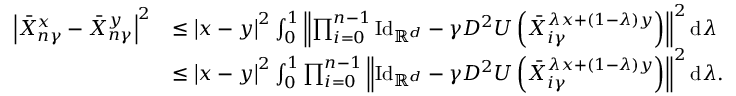
\begin{array} { r l } { \left| \bar { X } _ { n \gamma } ^ { x } - \bar { X } _ { n \gamma } ^ { y } \right| ^ { 2 } } & { \le \left| x - y \right| ^ { 2 } \int _ { 0 } ^ { 1 } \left\| \prod _ { i = 0 } ^ { n - 1 } \mathrm { I d } _ { \mathbb { R } ^ { d } } - \gamma D ^ { 2 } U \left( \bar { X } _ { i \gamma } ^ { \lambda x + ( 1 - \lambda ) y } \right) \right\| ^ { 2 } \mathrm { d } \lambda } \\ & { \le \left| x - y \right| ^ { 2 } \int _ { 0 } ^ { 1 } \prod _ { i = 0 } ^ { n - 1 } \left\| \mathrm { I d } _ { \mathbb { R } ^ { d } } - \gamma D ^ { 2 } U \left( \bar { X } _ { i \gamma } ^ { \lambda x + ( 1 - \lambda ) y } \right) \right\| ^ { 2 } \mathrm { d } \lambda . } \end{array}